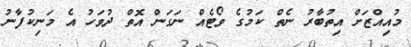
މުއިއްޒަށް އިތުބާރު ނެތް ކަމުގެ ވޯޓެއް ނަގަން އޮތް ދުވަހު އެ މަނިކުފާނު